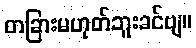
တခြားမဟုတ်ဘူးခင်ဗျ။